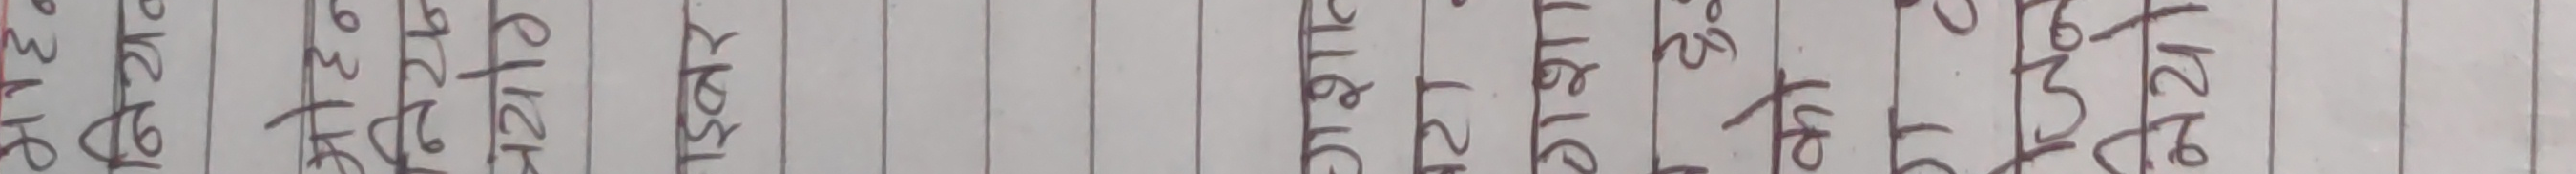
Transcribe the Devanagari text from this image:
केटाहरू चेहरे १५० जना गरिव छन्